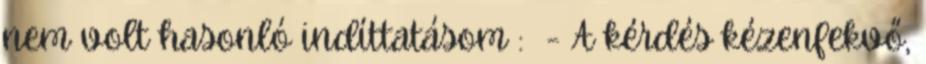
nem volt hasonló indíttatásom : - A kérdés kézenfekvő,